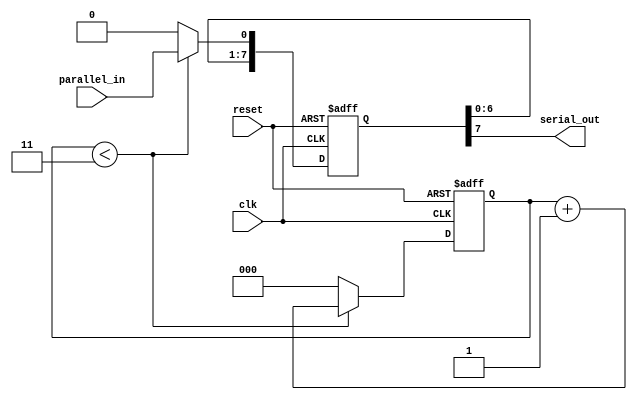
module piso_shift_register(
    input clk,
    input reset,
    input parallel_in,
    output serial_out
);

reg [7:0] shift_reg;
reg [2:0] shift_count;

always @(posedge clk or posedge reset) begin
    if (reset) begin
        shift_reg <= 8'b0;
        shift_count <= 3'b0;
    end else begin
        if (shift_count < 3) begin
            shift_reg <= {shift_reg[6:0], parallel_in};
            shift_count <= shift_count + 1;
        end else begin
            shift_reg <= {shift_reg[6:0], 1'b0};
            shift_count <= 2'b0;
        end
    end
end

assign serial_out = shift_reg[7];

endmodule